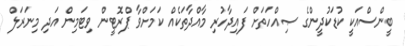
ބީންސްއަކީ ކުޑަކުދީންގެ ޞިއްހަތަށް ފައިދާހުރި މާއްދާތަކެއް ކަމަށްވާ ޕްރޮޓީން ވިޓަމިން އަދި މިނަރަލް